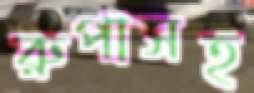
রুপাসহ